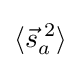
\langle {\vec {s}}_{a}^{\;2}\rangle